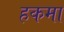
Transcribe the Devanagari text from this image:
हकमा